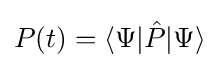
P(t)=\langle \Psi |{\hat {P}}|\Psi \rangle